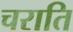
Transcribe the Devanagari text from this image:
चराति